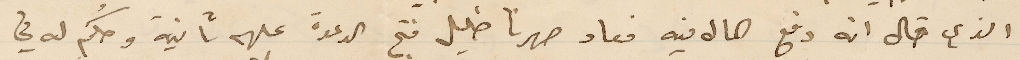
الذي قال انه دفع المال فيه فعاد صهرنا خليل فتح الدعوة عليهم ثانية وحكم له في